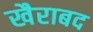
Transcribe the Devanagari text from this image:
खैराबद